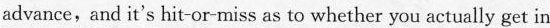
advance,and it's hit-or-miss as to whether you actually get in